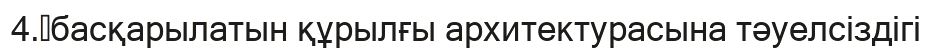
4.	басқарылатын құрылғы архитектурасына тәуелсіздігі